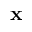
\mathbf { x }